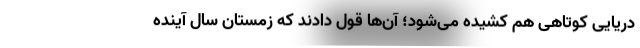
دریایی کوتاهی هم کشیده می‌شود؛ آن‌ها قول دادند که زمستان سال آینده